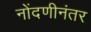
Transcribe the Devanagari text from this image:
नोंदणीनंतर